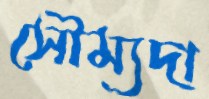
সৌম্যদা